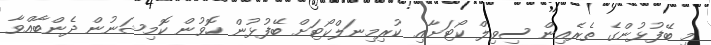
މި ބޭފުޅުންގެ ތެރެއިން ސިވިލް ކޯޓަށާއި ކުރިމިނަލްކޯޓަށް ބޭފުޅުން ހޮވުން ކޮމިޝަނުން ދެންބާއްވާ